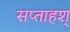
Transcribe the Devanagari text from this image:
सप्ताहश्